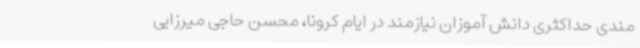
مندی حداکثری دانش آموزان نیازمند در ایام کرونا، محسن حاجی میرزایی